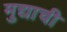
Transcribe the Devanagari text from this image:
मुद्याची